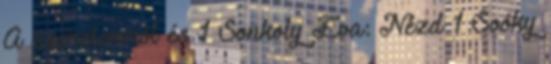
A szerelemről és 1 Sonkoly Éva: Nézd 1 Soóky